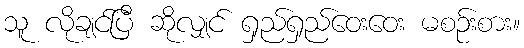
သူ လိုချင်ပြီ ဆိုလျှင် ရှည်ရှည်ဝေးဝေး မစဉ်းစား။